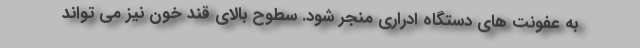
به عفونت های دستگاه ادراری منجر شود. سطوح بالای قند خون نیز می تواند